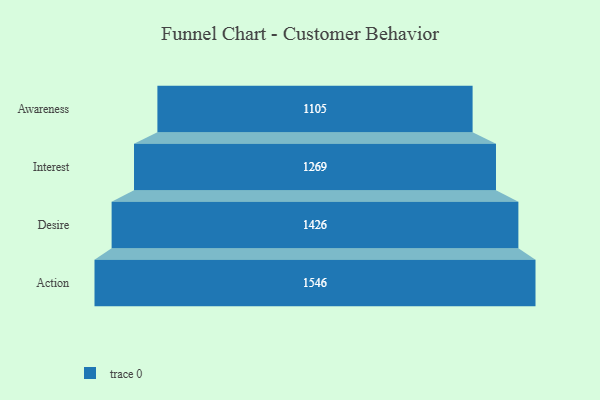
{"axis": {"x": "Stage", "y": "Value"}, "legend": [""], "data": [{"x": "Awareness", "y": 1105.0, "type": ""}, {"x": "Interest", "y": 1269.0, "type": ""}, {"x": "Desire", "y": 1426.0, "type": ""}, {"x": "Action", "y": 1546.0, "type": ""}]}